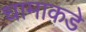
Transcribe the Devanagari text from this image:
धामाकडे